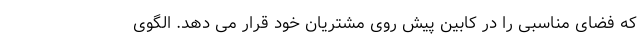
که فضای مناسبی را در کابین پیش روی مشتریان خود قرار می دهد. الگوی